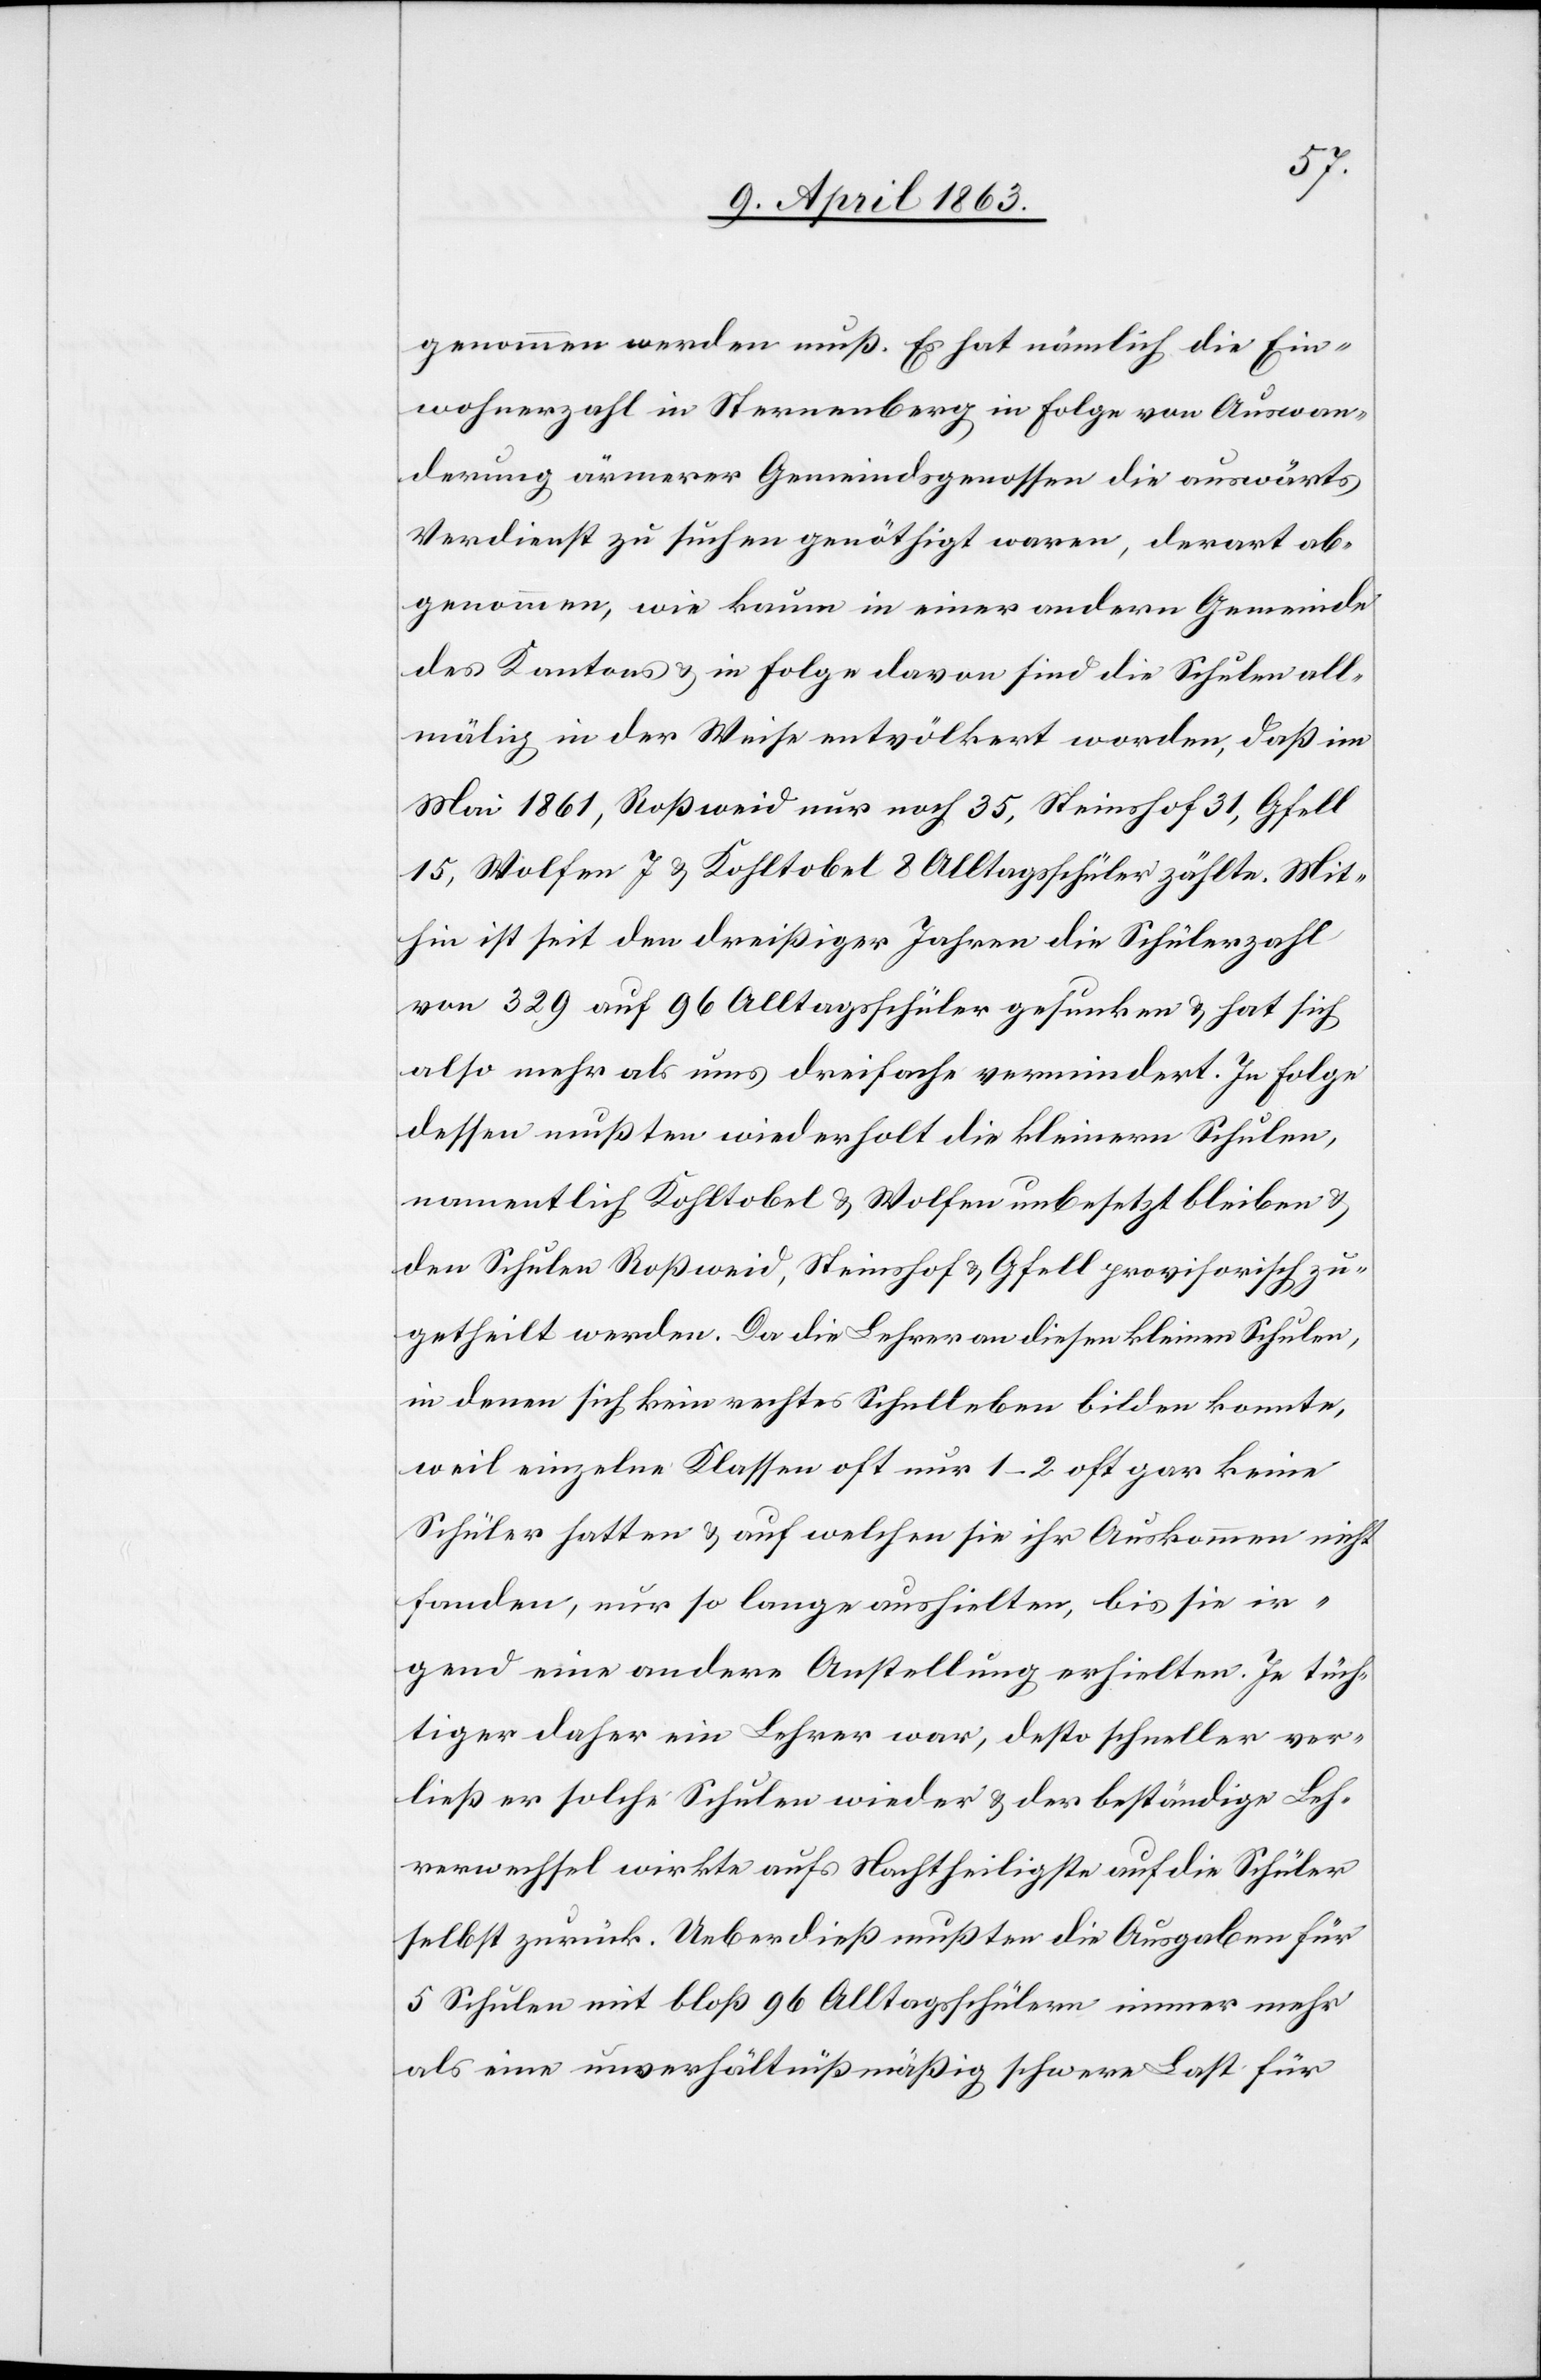
genommen werden muß. Es hat nämlich die Ein¬
wohnerzahl in Sternenberg in Folge von Auswan¬
derung ärmerer Gemeindsgenossen die auswärts
Verdienst zu suchen genöthigt waren, derart ab¬
genommen, wie kaum in einer andern Gemeinde
des Kantons & in Folge davon sind die Schulen all¬
mälig in der Weise entvölkert worden, daß im
Mai 1861, Roßweid nur noch 35, Steinshof 31, Gfell
15, Wolfen 7 & Kohltobel 8 Alltagsschüler zählte. Mit¬
hin ist seit den dreißiger Jahren die Schülerzahl
von 329 auf 96 Alltagsschüler gesunken & hat sich
also mehr als ums dreifache vermindert. In Folge
dessen mußten wiederholt die kleinern Schulen,
namentlich Kohltobel & Wolfen unbesetzt bleiben &
den Schulen Roßweid, Steinshof & Gfell provisorisch zu¬
getheilt werden. Da die Lehrer an diesen kleinen Schulen,
in denen sich kein rechtes Schulleben bilden konnte,
weil einzelne Klassen oft nur 1–2 oft gar keine
Schüler hatte & auf welchen sie ihr Auskommen nicht
fanden, nur so lange aushielten, bis sie ir¬
gend eine andere Anstellung erhielten. Je tüch¬
tiger daher ein Lehrer war, desto schneller ver¬
ließ er solche Schulen wieder & der beständige Leh¬
rerwechsel wirkte aufs Nachtheiligste auf die Schüler
selbst zurück. Ueberdieß mußten die Ausgaben für
5 Schulen mit bloß 96 Alltagsschülern immer mehr
als eine unverhältnißmäßig schwere Last für